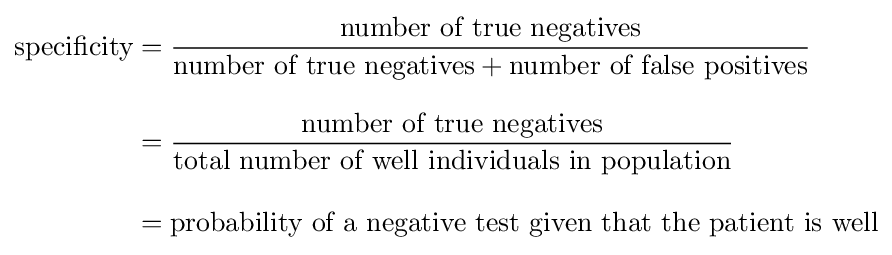
{\begin{aligned}{\text{specificity}}&={\frac {\text{number of true negatives}}{{\text{number of true negatives}}+{\text{number of false positives}}}}\\[8pt]&={\frac {\text{number of true negatives}}{\text{total number of well individuals in population}}}\\[8pt]&={\text{probability of a negative test given that the patient is well}}\end{aligned}}